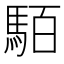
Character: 𩢷